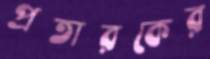
প্রতারকের